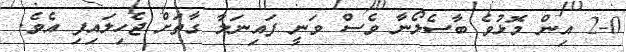
2-0 އިން މޮޅުވެ ބާސެލޯނާ ވެސް ވަނީ ފައިނަލާ ގާތަށް ޖެހިލައިފި އެވެ.